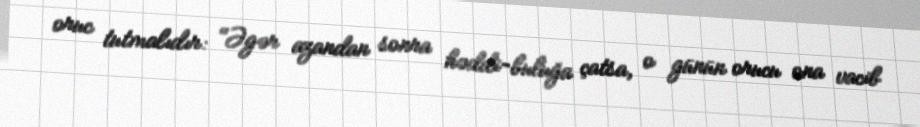
oruc tutmalıdır: "Əgər azandan sonra həddi-buluğa çatsa, o günün orucu ona vacib